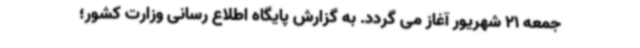
جمعه 21 شهریور آغاز می گردد. به گزارش پایگاه اطلاع رسانی وزارت کشور؛